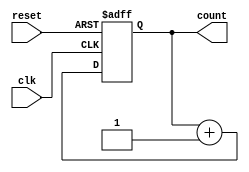
module async_reset_sync_counter (
    input wire clk,               // Clock signal
    input wire reset,             // Asynchronous reset signal
    output reg [3:0] count        // 4-bit output count
);

    // Asynchronous reset behavior
    always @(posedge clk or posedge reset) begin
        if (reset) begin
            count <= 4'b0000;      // Reset count to 0
        end else begin
            count <= count + 1;    // Increment count on clock edge
        end
    end

endmodule